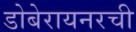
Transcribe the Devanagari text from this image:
डोबेरायनरची